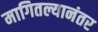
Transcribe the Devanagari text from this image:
मागितल्यानंतर